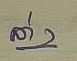
ล่าง